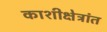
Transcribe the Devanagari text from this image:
काशीक्षेत्रांत